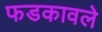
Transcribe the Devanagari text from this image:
फडकावले